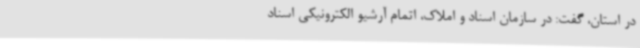
در استان، گفت: در سازمان اسناد و املاک، اتمام آرشیو الکترونیکی اسناد